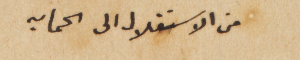
من الاستقلال الى الحمايه